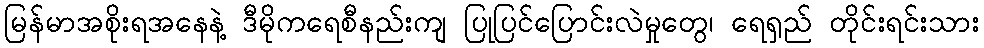
မြန်မာအစိုးရအနေနဲ့ ဒီမိုကရေစီနည်းကျ ပြုပြင်ပြောင်းလဲမှုတွေ၊ ရေရှည် တိုင်းရင်းသား